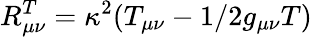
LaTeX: R_{\mu\nu}^{T}=\kappa^{2}(T_{\mu\nu}-1/2g_{\mu\nu}T)